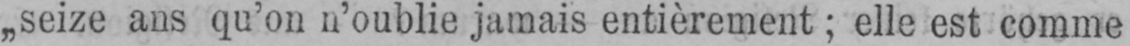
„seize ans qu’on n’oublie jamais entièrement; elle est comme